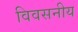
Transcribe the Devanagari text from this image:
विवसनीय